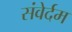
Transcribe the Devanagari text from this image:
संवेर्दम